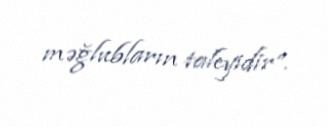
məğlubların taleyidir”.